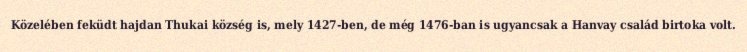
Közelében feküdt hajdan Thukai község is, mely 1427-ben, de még 1476-ban is ugyancsak a Hanvay család birtoka volt.